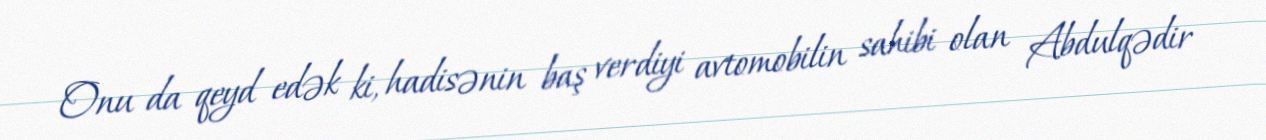
Onu da qeyd edək ki, hadisənin baş verdiyi avtomobilin sahibi olan Abdulqədir